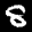
Label: 8